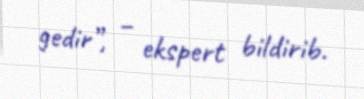
gedir”, – ekspert bildirib.